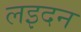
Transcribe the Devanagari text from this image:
लइदन